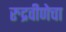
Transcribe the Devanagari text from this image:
रुद्रवीणेचा